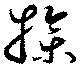
操